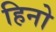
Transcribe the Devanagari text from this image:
हिनो